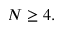
N \ge 4 .